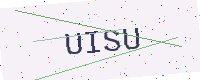
Text: UISU